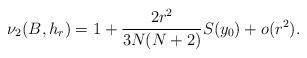
LaTeX: \begin{align*} \nu_2(B,h_r) =1+ \frac{2r^2}{3N(N+2)}S(y_0)+o(r^2).\end{align*}